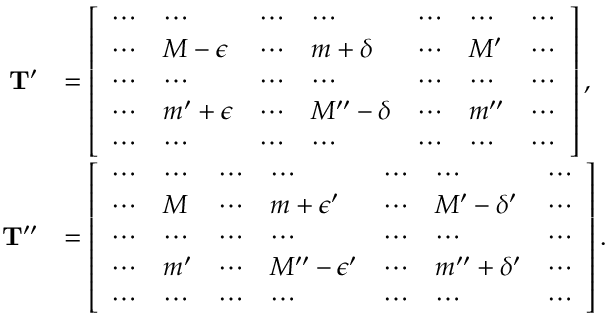
\begin{array} { r l } { \mathbf { T } ^ { \prime } } & { = \left[ \begin{array} { l l l l l l l } { \cdots } & { \cdots } & { \cdots } & { \cdots } & { \cdots } & { \cdots } & { \cdots } \\ { \cdots } & { M - \epsilon } & { \cdots } & { m + \delta } & { \cdots } & { M ^ { \prime } } & { \cdots } \\ { \cdots } & { \cdots } & { \cdots } & { \cdots } & { \cdots } & { \cdots } & { \cdots } \\ { \cdots } & { m ^ { \prime } + \epsilon } & { \cdots } & { M ^ { \prime \prime } - \delta } & { \cdots } & { m ^ { \prime \prime } } & { \cdots } \\ { \cdots } & { \cdots } & { \cdots } & { \cdots } & { \cdots } & { \cdots } & { \cdots } \end{array} \right] , } \\ { \mathbf { T } ^ { \prime \prime } } & { = \left[ \begin{array} { l l l l l l l } { \cdots } & { \cdots } & { \cdots } & { \cdots } & { \cdots } & { \cdots } & { \cdots } \\ { \cdots } & { M } & { \cdots } & { m + \epsilon ^ { \prime } } & { \cdots } & { M ^ { \prime } - \delta ^ { \prime } } & { \cdots } \\ { \cdots } & { \cdots } & { \cdots } & { \cdots } & { \cdots } & { \cdots } & { \cdots } \\ { \cdots } & { m ^ { \prime } } & { \cdots } & { M ^ { \prime \prime } - \epsilon ^ { \prime } } & { \cdots } & { m ^ { \prime \prime } + \delta ^ { \prime } } & { \cdots } \\ { \cdots } & { \cdots } & { \cdots } & { \cdots } & { \cdots } & { \cdots } & { \cdots } \end{array} \right] . } \end{array}